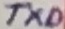
Text: TXD